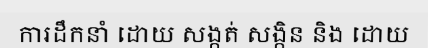
ការដឹកនាំ ដោយ សង្កត់ សង្កិន និង ដោយ